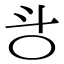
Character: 㪳